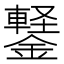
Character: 𬬆